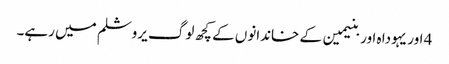
4 اور یہودا ہ اور بنیمین کے خاندانوں کے کچھ لوگ یروشلم میں رہے۔